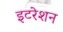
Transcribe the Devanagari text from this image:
इटरेशन